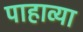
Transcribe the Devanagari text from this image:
पाहाव्या